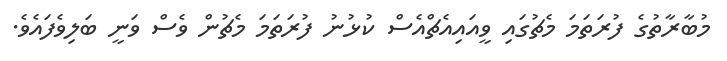
މުބާރާތުގެ ފުރަތަމަ މެޗުގައި ވީއައިއެޗްއެސް ކުޅުނު ފުރަތަމަ މެޗުން ވެސް ވަނީ ބަލިވެފައެވެ.